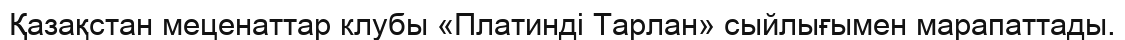
Қазақстан меценаттар клубы «Платиндi Тарлан» сыйлығымен марапаттады.